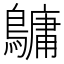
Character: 𪅟